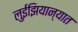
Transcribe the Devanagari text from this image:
लुईझियान्यात